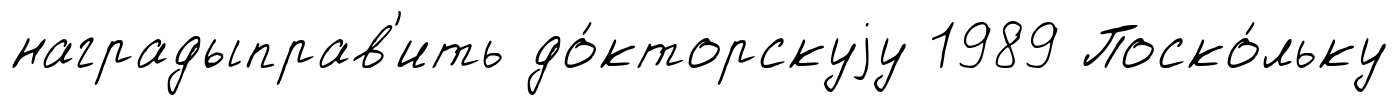
наградыправ'ить до́кторскуjу 1989 Поско́льку